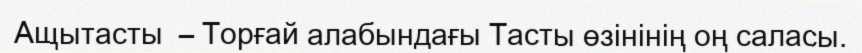
Ащытасты  – Торғай алабындағы Тасты өзінінің оң саласы.